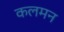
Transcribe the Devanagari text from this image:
कलमन